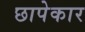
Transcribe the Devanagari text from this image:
छापेकार